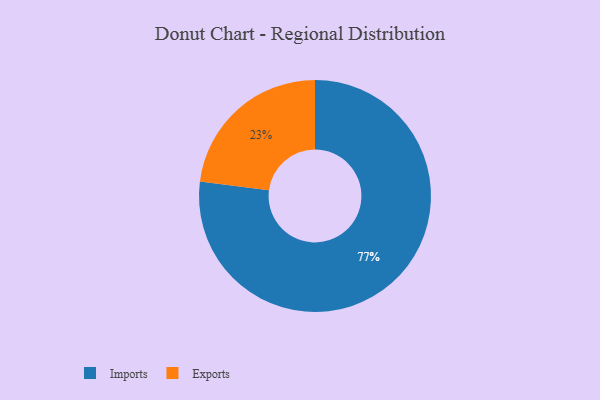
{"axis": {"x": "Category", "y": "Percentage"}, "legend": ["Exports", "Imports"], "data": [{"x": "Imports", "y": 77, "type": "Imports"}, {"x": "Exports", "y": 23, "type": "Exports"}]}